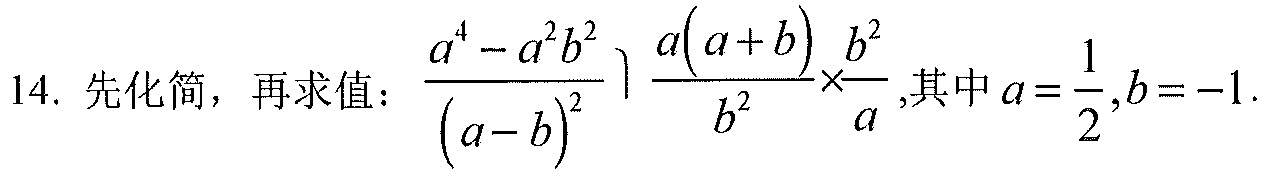
14. 先化简，再求值：$\dfrac{a^{4}-a^{2}b^{2}}{(a - b)^{2}}\div\dfrac{a(a + b)}{b^{2}}\times\dfrac{b^{2}}{a}$,其中$a=\dfrac{1}{2},b = - 1$.